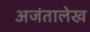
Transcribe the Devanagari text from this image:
अजंतालेख